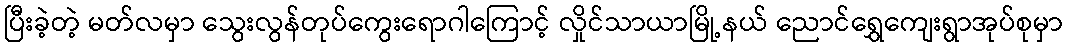
ပြီးခဲ့တဲ့ မတ်လမှာ သွေးလွန်တုပ်ကွေးရောဂါကြောင့် လှိုင်သာယာမြို့နယ် ညောင်ရွှေကျေးရွာအုပ်စုမှာ